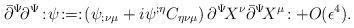
LaTeX: \begin{align*}\bar{\partial}^{\Psi}\!\partial^{\Psi}\!:\!\psi\! :=:\!\left(\psi_{;\nu\mu}+i\psi^{;\eta}C_{\eta\nu\mu}\right)\partial^\Psi\! X^{\nu}\bar{\partial}^\Psi\! X^{\mu}\! :+O(\epsilon^4) .\end{align*}